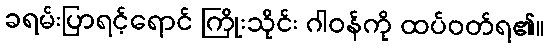
ခရမ်းပြာရင့်ရောင် ကြိုးသိုင်း ဂါဝန်ကို ထပ်ဝတ်ရ၏။